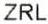
ZRL